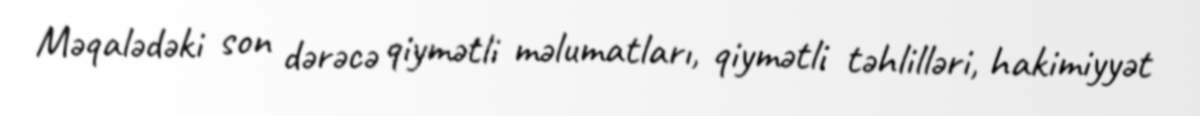
Məqalədəki son dərəcə qiymətli məlumatları, qiymətli təhlilləri, hakimiyyət